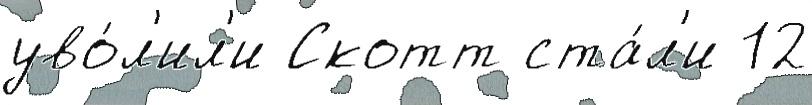
уво́л'ил'и Скотт ста́л'и 12